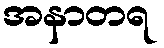
အနာတရ